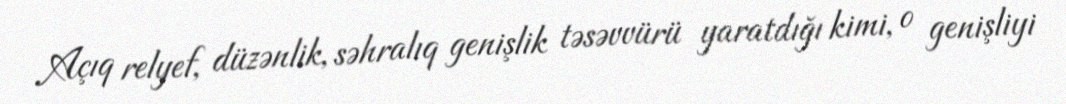
Açıq relyef, düzənlik, səhralıq genişlik təsəvvürü yaratdığı kimi, o genişliyi